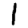
Digit: 1